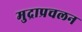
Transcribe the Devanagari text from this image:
मुद्राप्रचलन